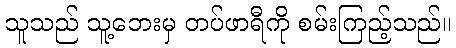
သူသည် သူ့ဘေးမှ တပ်ဖာရီကို စမ်းကြည့်သည်။